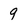
Character: 9